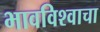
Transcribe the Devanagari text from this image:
भावविश्‍वाचा